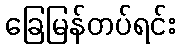
ခြေမြန်တပ်ရင်း